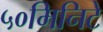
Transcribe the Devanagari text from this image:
५०मिनिटे